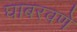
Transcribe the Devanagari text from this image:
घाबरवणे